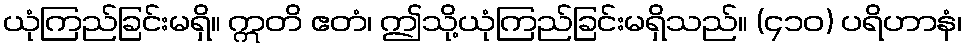
ယုံကြည်ခြင်းမရှိ။ ဣတိ ဧတံ၊ ဤသို့ယုံကြည်ခြင်းမရှိသည်။ (၄၁၀) ပရိဟာနံ၊